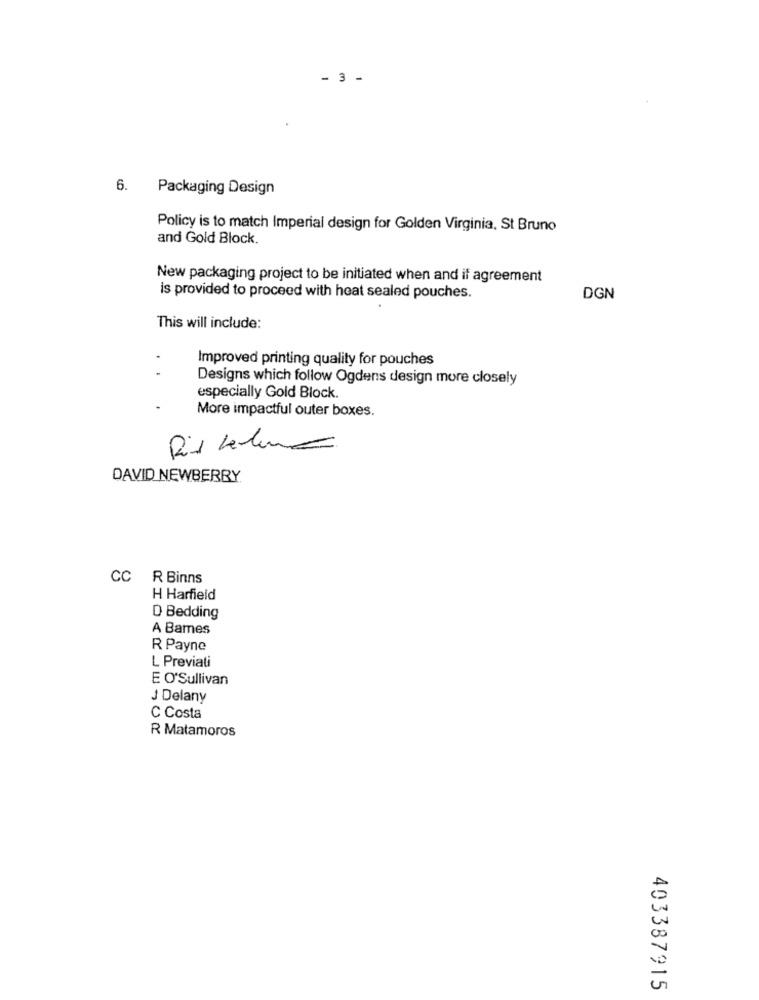
- 3 -
6. Packaging Design
Policy is to match Imperial design for Golden Virginia, St Bruno
and Gold Block.
New packaging project to be initiated when and if agreement
is provided to proceed with heat sealed pouches.
DGN
This will include:
Improved printing quality for pouches
Designs which follow Ogdens design more closely
especially Gold Block.
More impactful outer boxes.
DAVID NEWBERRY
CC
R Binns
H Harfield
D Bedding
A Bames
R Payne
L Previati
E O'Sullivan
J Delany
C Costa
R Matamoros
403387915